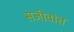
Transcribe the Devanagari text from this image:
सजीवांत